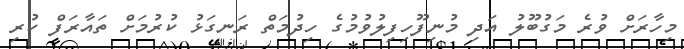
މިހާރަށް ވުރެ މަގުބޫލު އަދި މުނިފޫހިފިލުވުމުގެ ހިދުމަތް ރަނގަޅު ކުރުމަށް ތައާރަފް ކުރި